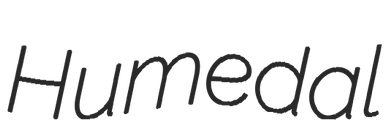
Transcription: Humedal